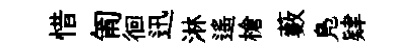
惜匍徊迅淋遙槍藪鳬肄